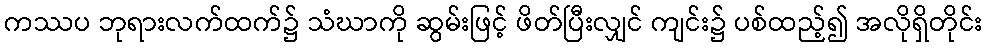
ကဿပ ဘုရားလက်ထက်၌ သံဃာကို ဆွမ်းဖြင့် ဖိတ်ပြီးလျှင် ကျင်း၌ ပစ်ထည့်၍ အလိုရှိတိုင်း